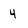
Character: 4